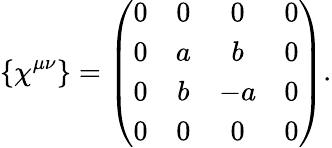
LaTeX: \{ \chi^{\mu\nu}\} =\left(\begin{array}{cccc}{{0}}&{{0}}&{{0}}&{{0}}\\ {{0}}&{{a}}&{{b}}&{{0}}\\ {{0}}&{{b}}&{{-a}}&{{0}}\\ {{0}}&{{0}}&{{0}}&{{0}}\end{array}\right).